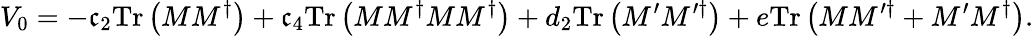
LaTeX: V_{0}=-\mathfrak{c}_{2}\mathrm{{Tr}}\left(MM^{\dagger}\right)+\mathfrak{c}_{4}\mathrm{{Tr}}\left(MM^{\dagger}MM^{\dagger}\right)+d_{2}\mathrm{{Tr}}\left(M^{\prime}M^{\prime\dagger}\right)+e\mathrm{{Tr}}\left(MM^{\prime\dagger}+M^{\prime}M^{\dagger}\right).